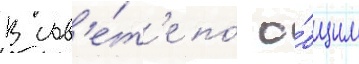
В сов'е́т'е по́ о́бщим